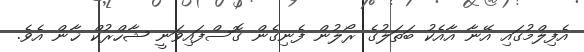
އެފިލްމުގައި އޭނާ އާއެކު ބަތަލުގެ ރޯލުން ފެނިގެން ގޮސްފައިވަނީ ޝާހްރުކް ޚާން އެވެ.